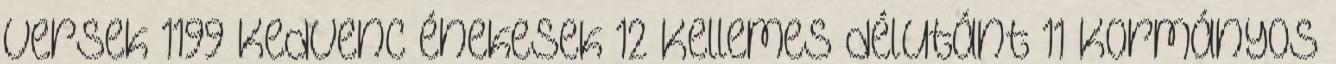
versek 1199 Kedvenc énekesek 12 Kellemes délutánt 11 Kormányos